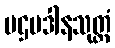
ပဌမဒါနသုတ္တံ